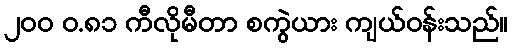
၂၀၀ ဝ.၈၁ ကီလိုမီတာ စကွဲယား ကျယ်ဝန်းသည်။